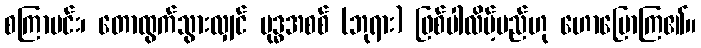
စကြာမင်း၊ တောထွက်သွားလျှင် ဗုဒ္ဓအစစ် (ဘုရား) ဖြစ်ပါလိမ့်မည်ဟု ဟောပြောကြ၏။